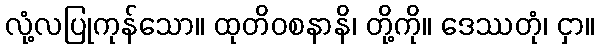
လုံ့လပြုကုန်သော။ ထုတိဝစနာနိ၊ တို့ကို။ ဒေဿတုံ၊ ငှာ။